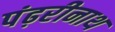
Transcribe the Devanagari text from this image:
पंढ़रीनाथ